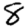
Digit: 8